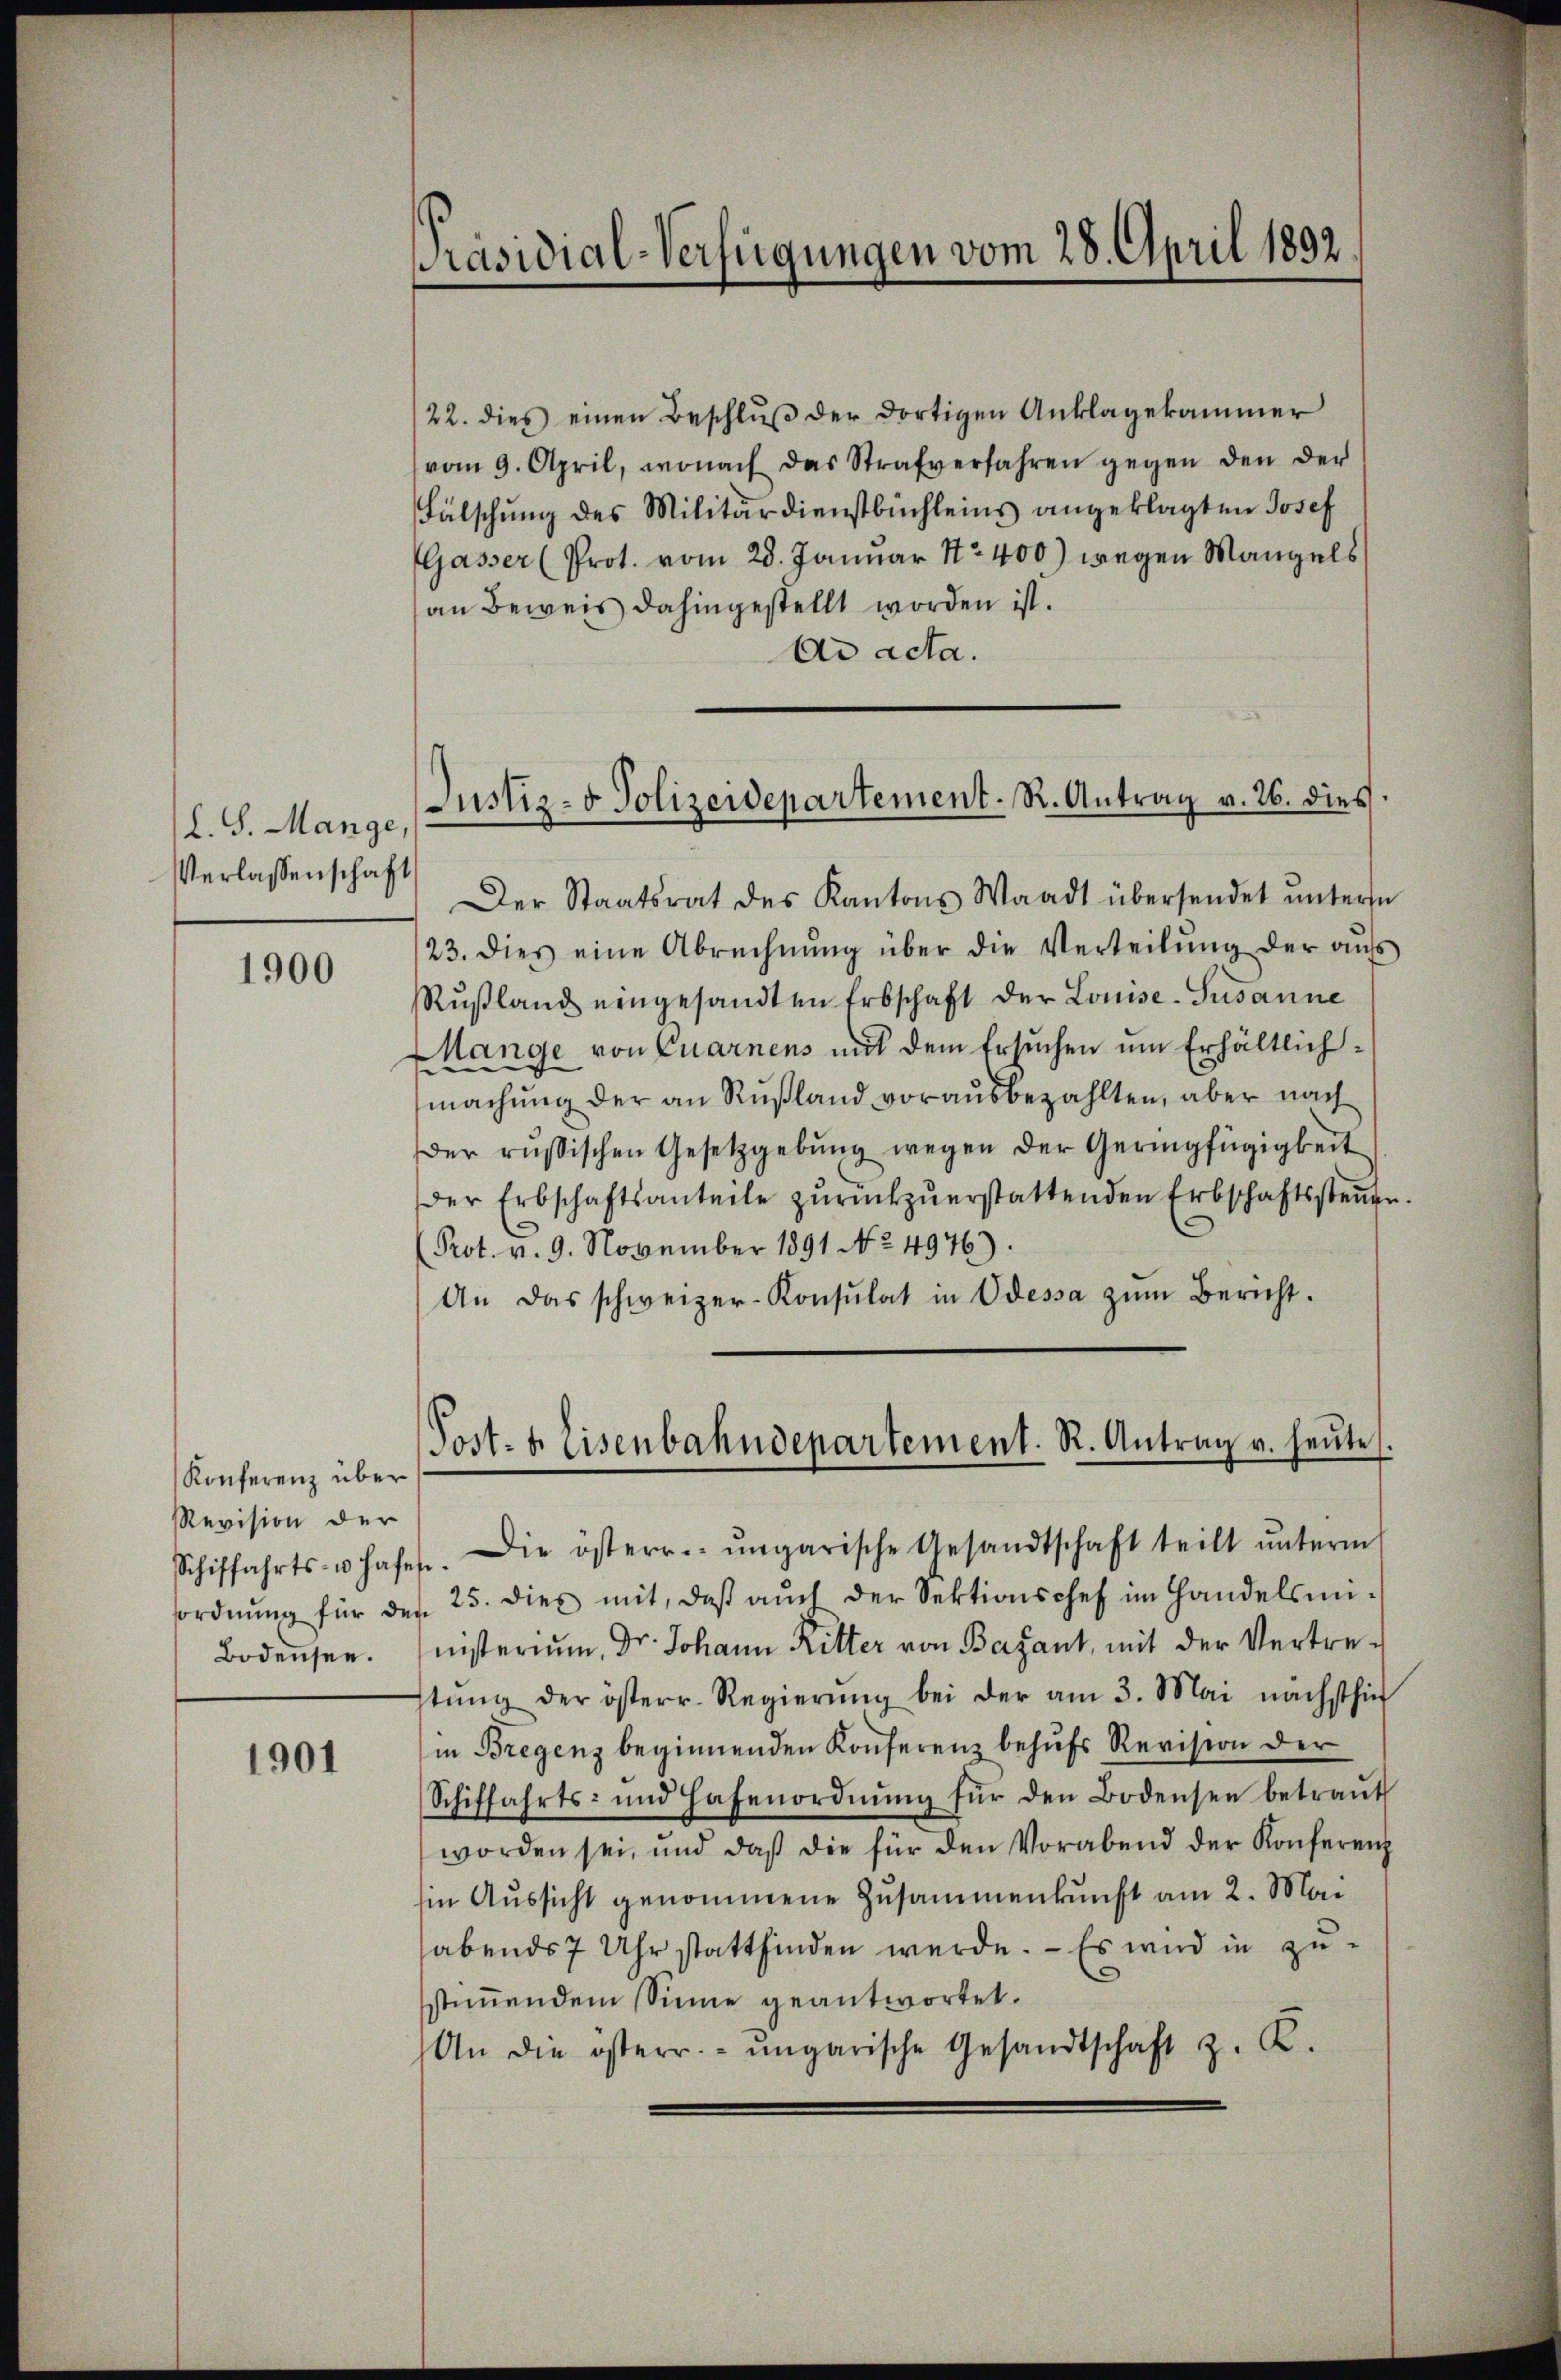
L. S. Mange
Verlassenschaft

1900

Konferenz über
Revision der
Schiffahrts- u haf
ordnung für de
Bodensee.

1901

Präsidial-Verfügungen vom 28. April 1892.

22. dies einen Beschlŭβ der dortigen Anklagekammer
vom 9. April, wonach das Strafverfahren gegen den der
Fälschung des Militärdienstbüchleins angeklagten Josef
Gasser (Prot. vom 28. Januar No 400) wegen Mangels
an Beweis dahingestellt worden ist.
Ad acta.
Der Staatsrat des Kantons Waadt übersendet ŭntersu
23. dies eine Abrechnŭng über die Verteilŭng der aŭf
Rŭβland eingesandten Erbschaft der Louise-Susanne
Mange von Quarnens mit dem Ersuchen um Erhältlichmachung der an Rußland vorausbezahlten, aber nach
er russischen Gesetzgebŭng wegen der Geringfügigkeit
Der Erbschaftsanteile zŭrückzŭerstattenden Erbschaftssteŭer
(Prot. v. 9. November 1891 No 4976).
An das schweizer-Konsulat in Odessa zŭm Bericht.
en. Die österr. ungarische Gesandtschaft teilt ŭnterm
25. dies mit, daβ aŭch der Sektionschef im Handelsmi-
nisterium, Dr. Johann Ritter von Barzant, mit der Vertrestŭng der österr. Regierŭng bei der am 3. Mai nächsthin
in Bregenz beginnenden Konferenz behufs Revision der
Schiffahrts- und Hafenordnŭng für den Bodensen betraŭt
worden sei, und daß die für den Vorabend der Konferenz
in Aŭssicht genommene Zusammenkunft am 2. Mai
abends 7 Uhr stattfinden werde. - Es wird in zu-
stiṁendem Sinne geantwortet.
An die österr.- ŭngarische Gesandtschaft z. R.

Justiz- & Polizeidepartement. R. Antrag v. 26. dies

Post- & Eisenbahndepartement. R. Antrag v. heŭte.